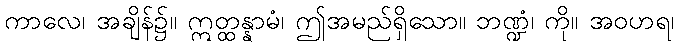
ကာလေ၊ အချိန်၌။ ဣတ္ထန္နာမံ၊ ဤအမည်ရှိသော။ ဘဏ္ဍံ၊ ကို။ အဝဟရ၊